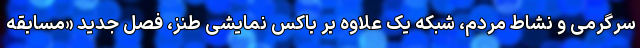
سرگرمی و نشاط مردم، شبکه یک علاوه بر باکس نمایشی طنز، فصل جدید «مسابقه